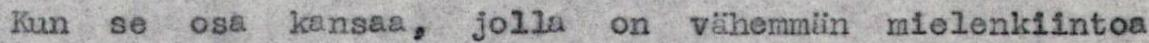
Kun  se osa kansaa, jolla on vähemmin mielenkiintoa